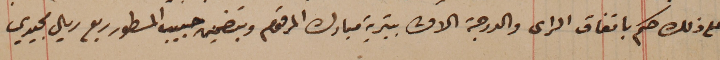
على ذلك حكم باتفاق الراى والدرجة الاولى بتبرية مبارك المرقوم وبتضمين حبيب المسطور ربع ريال مجيدي